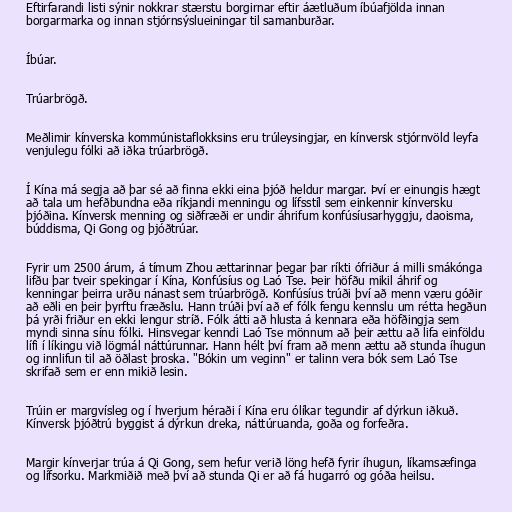
Eftirfarandi listi sýnir nokkrar stærstu borgirnar eftir áætluðum íbúafjölda innan
borgarmarka og innan stjórnsýslueiningar til samanburðar.

Íbúar.

Trúarbrögð.

Meðlimir kínverska kommúnistaflokksins eru trúleysingjar, en kínversk stjórnvöld leyfa
venjulegu fólki að iðka trúarbrögð.

Í Kína má segja að þar sé að finna ekki eina þjóð heldur margar. Því er einungis hægt
að tala um hefðbundna eða ríkjandi menningu og lífsstíl sem einkennir kínversku
þjóðina. Kínversk menning og siðfræði er undir áhrifum konfúsíusarhyggju, daoisma,
búddisma, Qi Gong og þjóðtrúar.

Fyrir um 2500 árum, á tímum Zhou ættarinnar þegar þar ríkti ófriður á milli smákónga
lifðu þar tveir spekingar í Kína, Konfúsíus og Laó Tse. Þeir höfðu mikil áhrif og
kenningar þeirra urðu nánast sem trúarbrögð. Konfúsíus trúði því að menn væru góðir
að eðli en þeir þyrftu fræðslu. Hann trúði því að ef fólk fengu kennslu um rétta hegðun
þá yrði friður en ekki lengur stríð. Fólk átti að hlusta á kennara eða höfðingja sem
myndi sinna sínu fólki. Hinsvegar kenndi Laó Tse mönnum að þeir ættu að lifa einföldu
lífi í líkingu við lögmál náttúrunnar. Hann hélt því fram að menn ættu að stunda íhugun
og innlifun til að öðlast þroska. "Bókin um veginn" er talinn vera bók sem Laó Tse
skrifað sem er enn mikið lesin.

Trúin er margvísleg og í hverjum héraði í Kína eru ólíkar tegundir af dýrkun iðkuð.
Kínversk þjóðtrú byggist á dýrkun dreka, náttúruanda, goða og forfeðra.

Margir kínverjar trúa á Qi Gong, sem hefur verið löng hefð fyrir íhugun, líkamsæfinga
og lífsorku. Markmiðið með því að stunda Qi er að fá hugarró og góða heilsu.